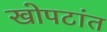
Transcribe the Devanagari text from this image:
खोपटांत